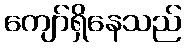
ကျော်ရှိနေသည်